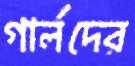
গার্লদের